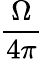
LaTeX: \frac{\Omega}{4\pi}